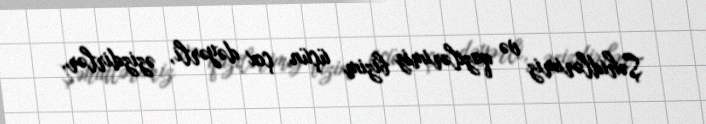
Şəhidlərimiz və qazilərimiz bizim üçün çox dəyərli, əzizdirlər.